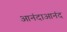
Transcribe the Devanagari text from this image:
आनंदाआनंद